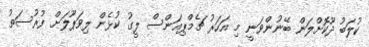
ކުލަބު ދޫކޮށްލަން ބޭނުންވަނީ މި އަހަރު ޗެމްޕިއަންސް ލީގު ކުޅެން ލިވަޕޫލަށް ފުރުސަތު